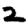
Digit: 2